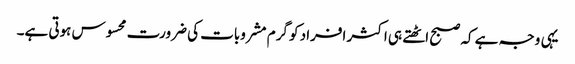
یہی وجہ ہے کہ صبح اٹھتے ہی اکثر افراد کو گرم مشروبات کی ضرورت محسوس ہوتی ہے۔